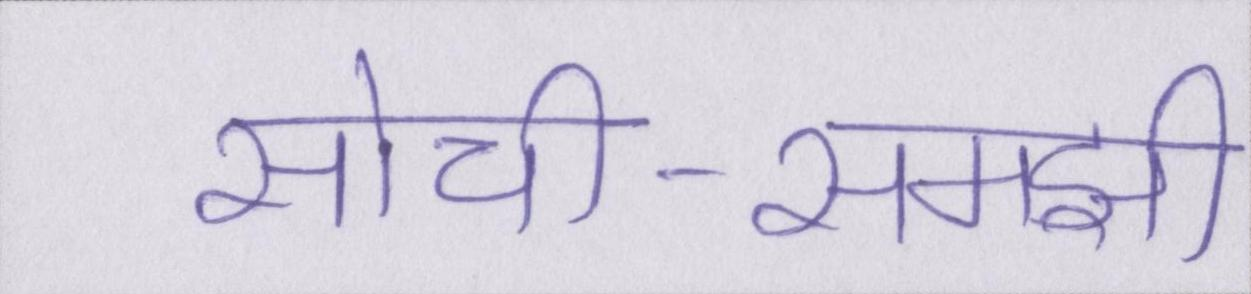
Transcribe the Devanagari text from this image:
सोची-समझी